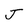
Character: J